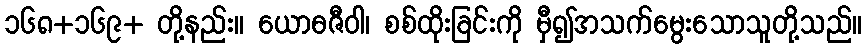
၁၆၈+၁၆၉+ တို့နည်း။ ယောဓဇီဝါ၊ စစ်ထိုးခြင်းကို မှီ၍အသက်မွေးသောသူတို့သည်။